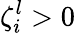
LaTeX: \zeta_{i}^{l}>0